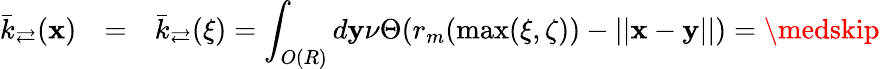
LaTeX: \begin{array}{rll}{\bar{k}_{\rightleftarrows}(\mathbf x)}&{=}&{\bar{k}_{\rightleftarrows}(\xi)=\displaystyle\int_{O(R)}d\mathbf y\nu\Theta(r_{m}(\operatorname*{max}(\xi,\zeta))-||\mathbf x-\mathbf y||)=\medskip}\end{array}